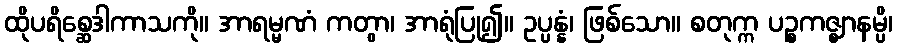
ထိုပရိစ္ဆေဒါကာသကို။ အာရမ္မဏံ ကတွာ၊ အာရုံပြု၍။ ဥပ္ပန္နံ၊ ဖြစ်သော။ စတုက္က ပဉ္စကဇ္ဈာနမ္ပိ၊